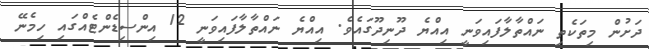
ދަށުން މިތަކެތި ނައްތާލާފައިވަނީ އިއްޔެ ދޫނިދޫގައެވެ. އިއްޔެ ނައްތާލާފައިވަނީ 12 އިންސިޑެންޓެއްގައި ހިމެނޭ